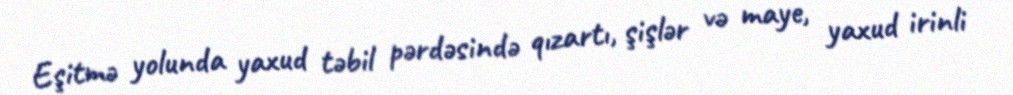
Eşitmə yolunda yaxud təbil pərdəsində qızartı, şişlər və maye, yaxud irinli